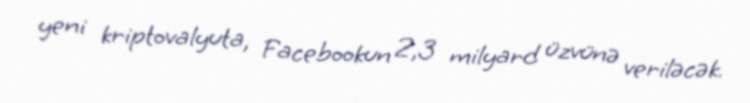
yeni kriptovalyuta, Facebookun 2,3 milyard üzvünə veriləcək.